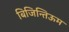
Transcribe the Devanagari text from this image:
बिजिन्तिऊम